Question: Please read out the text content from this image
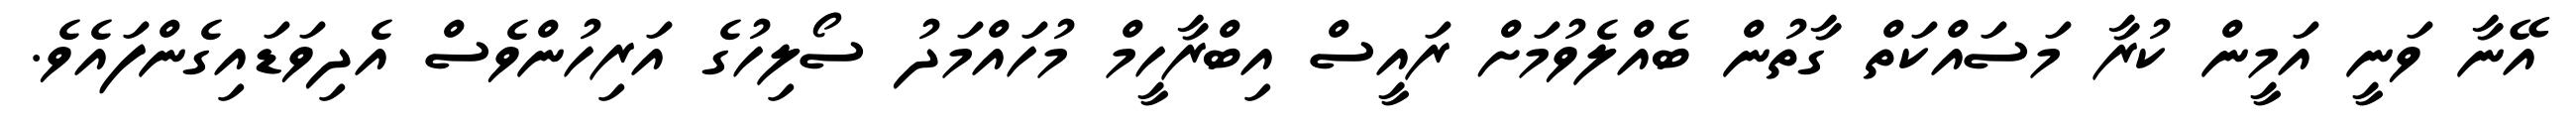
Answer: އޭނާ ވަނީ އަމީން ކުރާ މަސައްކަތް ގާތުން ބެއްލެވުމަށް ރައީސް އިބްރާހީމް މުހައްމަދު ސޯލިހުގެ އަރިހުންވެސް އެދިވަޑައިގެންފައެވެ.